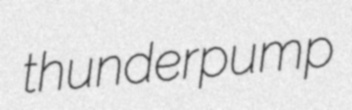
thunderpump